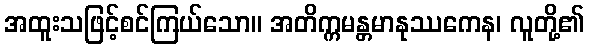
အထူးသဖြင့်စင်ကြယ်သော။ အတိက္ကမန္တမာနုဿကေန၊ လူတို့၏